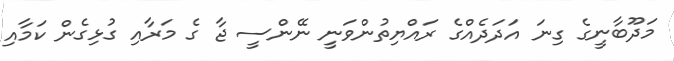
މަދޫބާނީގެ ގިނަ އަދަދެއްގެ ރައްޔިތުންވަނީ ނޭންސީ ޖާ ގެ މަރާއި ގުޅިގެން ކަމާއި